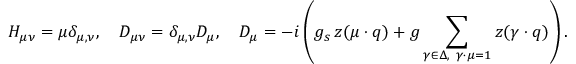
H _ { \mu \nu } = \mu \delta _ { \mu , \nu } , \quad D _ { \mu \nu } = \delta _ { \mu , \nu } D _ { \mu } , \quad D _ { \mu } = - i \left( g _ { s } \, z ( \mu \cdot q ) + g \sum _ { \gamma \in \Delta , \ \gamma \cdot \mu = 1 } z ( \gamma \cdot q ) \right) .